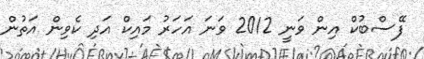
ފޭސްބުކް އިން ވަނީ 2012 ވަނަ އަހަރު މައިކް އަދި ކެވިން އަތުން